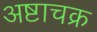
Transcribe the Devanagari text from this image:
अष्टाचक्र